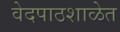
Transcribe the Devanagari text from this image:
वेदपाठशाळेत